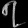
Digit: ၇